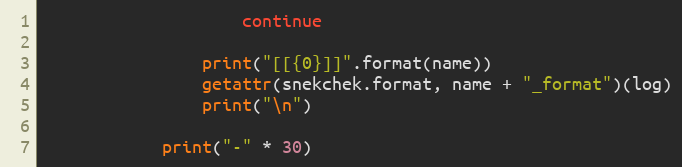
Language: Python
                    continue

                print("[[{0}]]".format(name))
                getattr(snekchek.format, name + "_format")(log)
                print("\n")

            print("-" * 30)